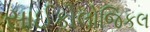
સાઈકોલોજિકલ